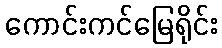
ကောင်းကင်မြေရိုင်း